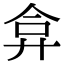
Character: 弇